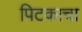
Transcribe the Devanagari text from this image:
पिटकाचा